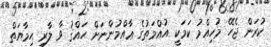
ކުރަން ޖެހޭ މުހިއްމު ކަމަކީ އުއްމަތުގެ ޢާއްމުންނަށް ޙައްޤު ވާ ލާރި ޙިމާޔަތް